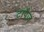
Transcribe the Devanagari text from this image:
टापैज़